On a parasite found in persons suffering from enlargement of the spleen in India, second report - Number 11
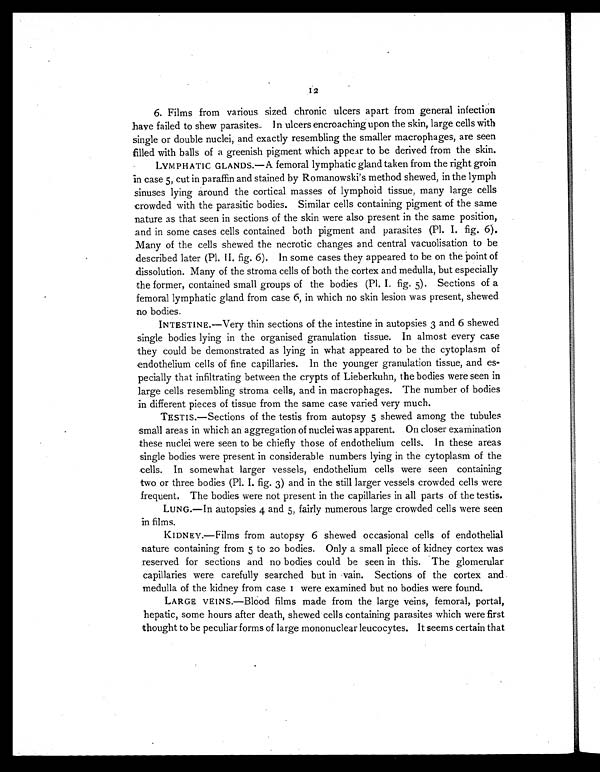
12
6. Films from various sized chronic ulcers apart from general infection
have failed to shew parasites. In ulcers encroaching upon the skin, large cells with
single or double nuclei, and exactly resembling the smaller macrophages, are seen
filled with balls of a greenish pigment which appear to be derived from the skin.
LYMPHATIC GLANDS.—A femoral lymphatic gland taken from the right groin
in case 5, cut in paraffin and stained by Romanowski's method shewed, in the lymph
sinuses lying around the cortical masses of lymphoid tissue, many large cells
crowded with the parasitic bodies. Similar cells containing pigment of the same
nature as that seen in sections of the skin were also present in the same position,
and in some cases cells contained both pigment and parasites (Pl. I. fig. 6).
Many of the cells shewed the necrotic changes and central vacuolisation to be
described later (Pl. II. fig. 6). In some cases they appeared to be on the point of
dissolution. Many of the stroma cells of both the cortex and medulla, but especially
the former, contained small groups of the bodies (Pl. I. fig. 5). Sections of a
femoral lymphatic gland from case 6, in which no skin lesion was present, shewed
no bodies.
INTESTINE.—Very thin sections of the intestine in autopsies 3 and 6 shewed
single bodies lying in the organised granulation tissue. In almost every case
they could be demonstrated as lying in what appeared to be the cytoplasm of
endothelium cells of fine capillaries. In the younger granulation tissue, and es-
pecially that infiltrating between the crypts of Lieberkuhn, the bodies were seen in
large cells resembling stroma cells, and in macrophages. The number of bodies
in different pieces of tissue from the same case varied very much.
TESTIS.—Sections of the testis from autopsy 5 shewed among the tubules
small areas in which an aggregation of nuclei was apparent. On closer examination
these nuclei were seen to be chiefly those of endothelium cells. In these areas
single bodies were present in considerable numbers lying in the cytoplasm of the
cells. In somewhat larger vessels, endothelium cells were seen containing
two or three bodies (Pl. I. fig. 3) and in the still larger vessels crowded cells were
frequent. The bodies were not present in the capillaries in all parts of the testis.
LUNG.—In autopsies 4 and 5, fairly numerous large crowded cells were seen
in films.
KIDNEY.—Films from autopsy 6 shewed occasional cells of endothelial
nature containing from 5 to 20 bodies. Only a small piece of kidney cortex was
reserved for sections and no bodies could be seen in this. The glomerular
capillaries were carefully searched but in vain. Sections of the cortex and
medulla of the kidney from case 1 were examined but no bodies were found.
LARGE VEINS.—Blood films made from the large veins, femoral, portal,
hepatic, some hours after death, shewed cells containing parasites which were first
thought to be peculiar forms of large mononuclear leucocytes. It seems certain that